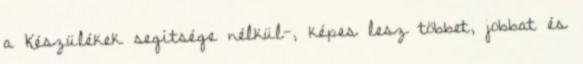
a Készülékek segítsége nélkül-, képes lesz többet, jobbat és